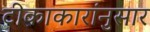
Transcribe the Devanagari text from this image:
टीकाकारांनुसार